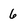
Character: 6